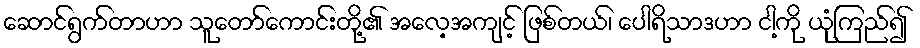
ဆောင်ရွက်တာဟာ သူတော်ကောင်းတို့၏ အလေ့အကျင့် ဖြစ်တယ်၊ ပေါရိသာဒဟာ ငါ့ကို ယုံကြည်၍